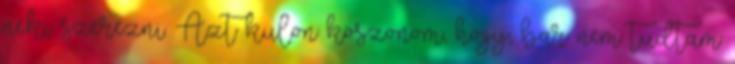
neki szerezni. Azt kulon koszonom, hogy, bar nem tudtam